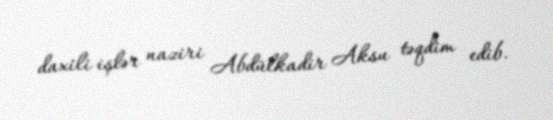
daxili işlər naziri Abdülkadir Aksu təqdim edib.